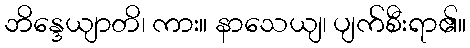
ဘိန္ဒေယျာတိ၊ ကား။ နာသေယျ၊ ပျက်စီးရာ၏။